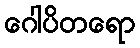
ဂေါပိတရော